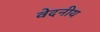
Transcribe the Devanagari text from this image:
वेदनीय